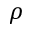
\rho